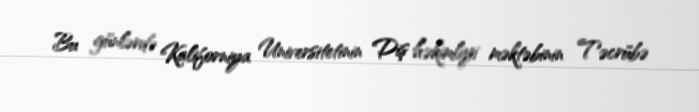
Bu günlərdə Kaliforniya Universitetinin Diş həkimliyi məktəbinin Təcrübə